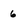
Character: 6